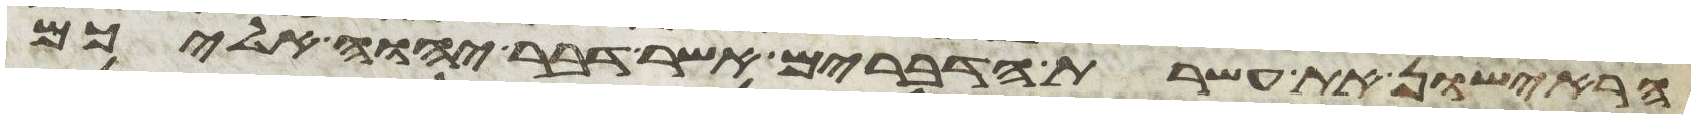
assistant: הראישון את עשרת הדברים אשר דבר יהוה עליכם